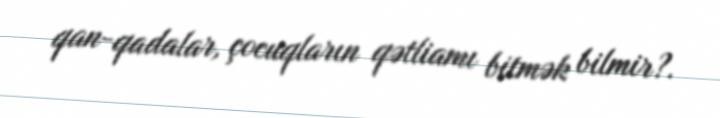
qan-qadalar, çocuqların qətliamı bitmək bilmir?.